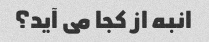
انبه از کجا می آید؟